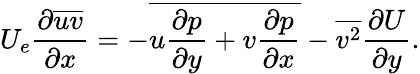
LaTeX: U_{e}\frac{\partial\overline{{uv}}}{\partial x}=-\overline{{u\frac{\partial p}{\partial y}+v\frac{\partial p}{\partial x}}}-\overline{{v^{2}}}\frac{\partial U}{\partial y}.